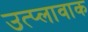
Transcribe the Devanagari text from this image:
उत्प्लावाक